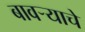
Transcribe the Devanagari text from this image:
बावऱ्याचे